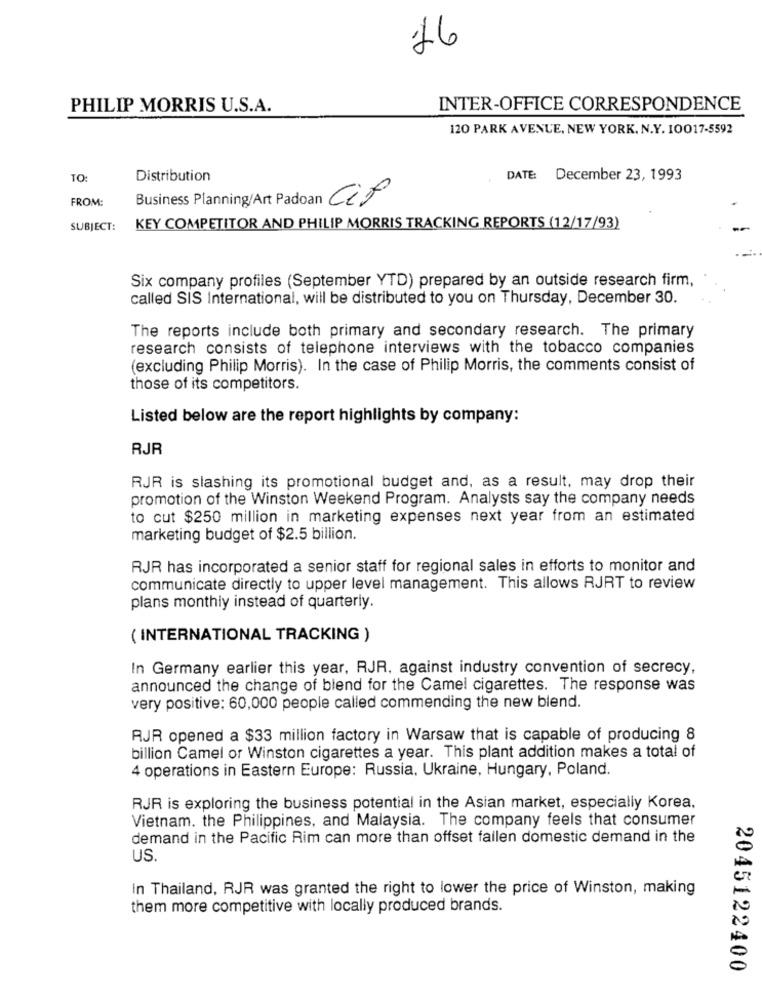
16
PHILIP MORRIS U.S.A.
INTER-OFFICE CORRESPONDENCE
120 PARK AVENUE, NEW YORK. N.Y. 10017-5592
TO:
Distribution
DATE: December 23, 1993
FROM:
Business Planning/Art Padoan Cif
SUBJECT:
KEY COMPETITOR AND PHILIP MORRIS TRACKING REPORTS (12/17/93)
Six company profiles (September YTD) prepared by an outside research firm,
called SIS International, will be distributed to you on Thursday, December 30.
The reports include both primary and secondary research. The primary
research consists of telephone interviews with the tobacco companies
(excluding Philip Morris). In the case of Philip Morris, the comments consist of
those of its competitors.
Listed below are the report highlights by company:
RJR
RJR is slashing its promotional budget and, as a result, may drop their
promotion of the Winston Weekend Program. Analysts say the company needs
to cut $250 million in marketing expenses next year from an estimated
marketing budget of $2.5 billion.
RJR has incorporated a senior staff for regional sales in efforts to monitor and
communicate directly to upper level management. This allows RJRT to review
plans monthly instead of quarterly.
( INTERNATIONAL TRACKING )
In Germany earlier this year, RJR, against industry convention of secrecy,
announced the change of blend for the Camel cigarettes. The response was
very positive: 60,000 people called commending the new blend.
RJR opened a $33 million factory in Warsaw that is capable of producing 8
billion Camel or Winston cigarettes a year. This plant addition makes a total of
4 operations in Eastern Europe: Russia, Ukraine, Hungary, Poland.
RJR is exploring the business potential in the Asian market, especially Korea.
Vietnam. the Philippines, and Malaysia. The company feels that consumer
demand in the Pacific Rim can more than offset fallen domestic demand in the
US
In Thailand, RJR was granted the right to lower the price of Winston, making
them more competitive with locally produced brands.
2045122400